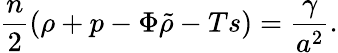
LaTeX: {\frac{n}{2}}(\rho+p-{\Phi\tilde{\rho}}-Ts)={\frac{\gamma}{a^{2}}}.